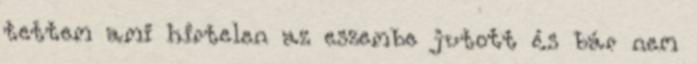
tettem ami hirtelen az eszembe jutott és bár nem